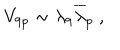
LaTeX: V _ { 9 p } \sim \lambda _ { 9 } { \overline { { \lambda } } } _ { p } ~ ,